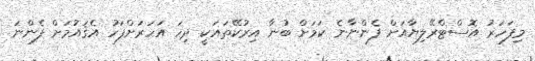
މިފަހަރު އޮސްޓްރޭލިޔާއަށް ފެންނާނެ ކަމަށް ބުނާ އިރުކޭތައަކީ ދިހަ އަހަރަށްފަހު އެޤައުމަށް ފެންނަ